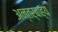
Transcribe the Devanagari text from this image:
अन्तर्बाह्य